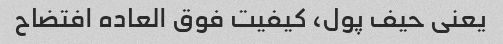
یعنی حیف پول، کیفیت فوق العاده افتضاح